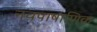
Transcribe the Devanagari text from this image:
नवपाषाणिक